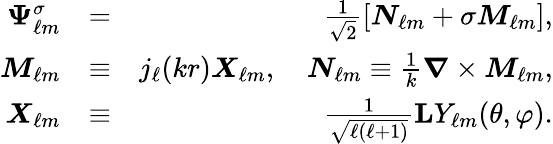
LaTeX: \begin{array}{rlr}{\boldsymbol{\Psi}_{\ell m}^{\sigma}}&{=}&{\frac{1}{\sqrt{2}}\left[{\boldsymbol{N}}_{\ell m}+\sigma{\boldsymbol{M}}_{\ell m}\right],}\\ {{\boldsymbol{M}}_{\ell m}}&{\equiv}&{j_{\ell}(kr)\boldsymbol{X}_{\ell m},\quad{\boldsymbol{N}}_{\ell m}\equiv\frac{1}{k}\boldsymbol{\nabla}\times{\boldsymbol{M}}_{\ell m},}\\ {\boldsymbol{X}_{\ell m}}&{\equiv}&{\frac{1}{\sqrt{\ell(\ell+1)}}{\mathbf{L}}Y_{\ell m}(\theta,\varphi).}\end{array}